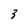
Character: 3